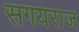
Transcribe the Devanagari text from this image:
सगयराज